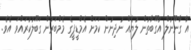
އާ ގާނޫނުލް އުގޫބާތުން ލުޔެއް ނުދިނުން ކަމަށް އެމްޑީޕީގެ މެމްބަރުން ގަބޫލުކުރައްވަ އެވެ.